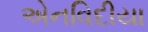
એનવિદીયા